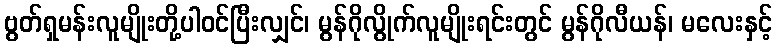
ဗွတ်ရှမန်းလူမျိုးတို့ပါဝင်ပြီးလျှင်၊ မွန်ဂိုလွိုက်လူမျိုးရင်းတွင် မွန်ဂိုလီယန်၊ မလေးနှင့်